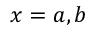
x = a , b